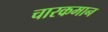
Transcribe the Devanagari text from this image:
चारकमान